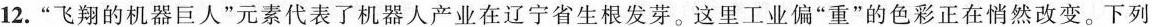
12.”飞翔的机器巨人”元素代表了机器人产业在辽宁省生根发芽。这里工业偏”重”的色彩正在悄然改变。下列